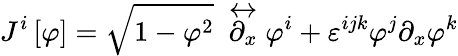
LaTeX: J^{i}\left[\varphi\right]=\sqrt{1-\varphi^{2}}~\stackrel{\leftrightarrow}{\partial_{x}}\varphi^{i}+\varepsilon^{ijk}\varphi^{j}\partial_{x}\varphi^{k}